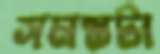
সমস্তটা